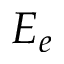
E _ { e }